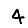
Digit: 4